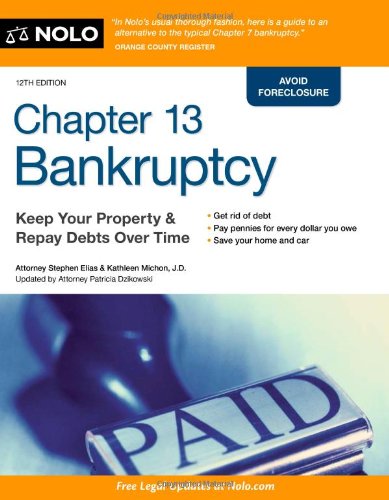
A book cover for Chapter 13 Bankruptcy: Keep Your Property & Repay Debts Over Time; Stephen Elias; Law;